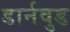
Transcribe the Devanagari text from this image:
डार्नवुड